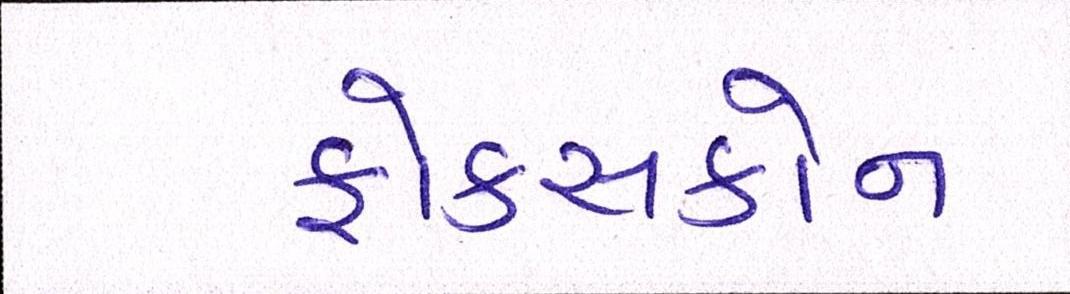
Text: ફોક્સકોન